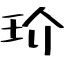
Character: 玠